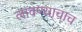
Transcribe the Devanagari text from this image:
लावण्याचाच